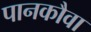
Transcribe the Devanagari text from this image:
पानकौवा